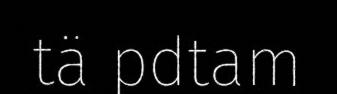
tä pdtam